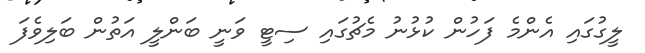
ލީގުގައި އެންމެ ފަހުން ކުޅުނު މެޗުގައި ސިޓީ ވަނީ ބަންލީ އަތުން ބަލިވެފަ